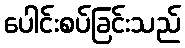
ပေါင်းစပ်ခြင်းသည်